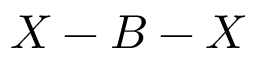
X - B - X